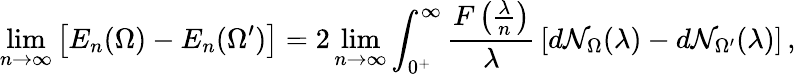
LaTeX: \operatorname*{lim}_{n\to\infty}\left[E_{n}(\Omega)-E_{n}(\Omega^{\prime})\right]=2\operatorname*{lim}_{n\to\infty}\int_{0^{+}}^{\infty}\frac{F\left(\frac{\lambda}{n}\right)}{\lambda}\, \left[d\mathcal{N}_{\Omega}(\lambda)-d\mathcal{N}_{\Omega^{\prime}}(\lambda)\right]\, ,